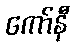
ကော်နီ